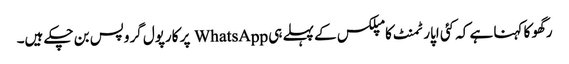
رگھو کا کہنا ہے کہ کئی اپارٹمنٹ کامپلکس کے پہلے ہی WhatsApp پر کارپول گروپس بن چکے ہیں۔